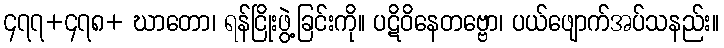
၄၇၇+၄၇၈+ ဃာတော၊ ရန်ငြိုးဖွဲ့ခြင်းကို။ ပဋိဝိနေတဗ္ဗော၊ ပယ်ဖျောက်အပ်သနည်း။